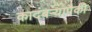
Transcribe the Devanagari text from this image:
कादंबऱ्यापैकी